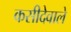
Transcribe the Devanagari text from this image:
कसीदेवाले